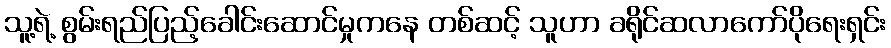
သူ့ရဲ့ စွမ်းရည်ပြည့်ခေါင်းဆောင်မှုကနေ တစ်ဆင့် သူဟာ ခရိုင်ဆလာကော်ပိုရေးရှင်း